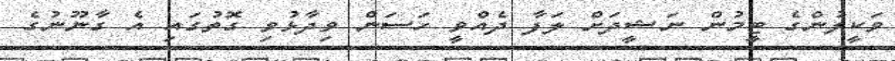
ވަކީލުންގެ ޓީމުން ނަޝީދަށް ލަފާ ދެއްވީ ހަސަން ވިދާޅުވި ގޮތުގައި އެ ގާނޫނުގެ